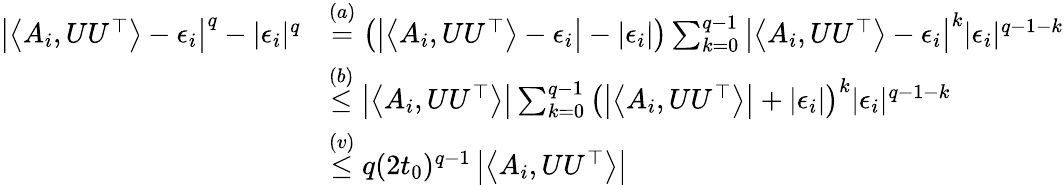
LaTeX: \begin{array}{rl}{\left|\left\langle A_{i},UU^{\top}\right\rangle-\epsilon_{i}\right|^{q}-|\epsilon_{i}|^{q}}&{\stackrel{(a)}{=}\left(\left|\left\langle A_{i},UU^{\top}\right\rangle-\epsilon_{i}\right|-|\epsilon_{i}|\right)\sum_{k=0}^{q-1}\left|\left\langle A_{i},UU^{\top}\right\rangle-\epsilon_{i}\right|^{k}|\epsilon_{i}|^{q-1-k}}\\ &{\stackrel{(b)}{\leq}\left|\left\langle A_{i},UU^{\top}\right\rangle\right|\sum_{k=0}^{q-1}\left(\left|\left\langle A_{i},UU^{\top}\right\rangle\right|+\left|\epsilon_{i}\right|\right)^{k}|\epsilon_{i}|^{q-1-k}}\\ &{\stackrel{(v)}{\leq}q(2t_{0})^{q-1}\left|\left\langle A_{i},UU^{\top}\right\rangle\right|}\end{array}